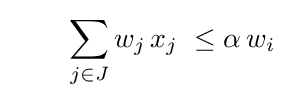
\qquad \sum _{j\in J}w_{j}\,x_{j}\ \leq \alpha \,w_{i}